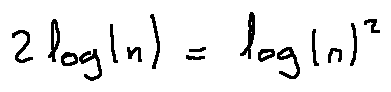
2 \log ( n ) = \log ( n ) ^ { 2 }